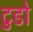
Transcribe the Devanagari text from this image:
टुडो